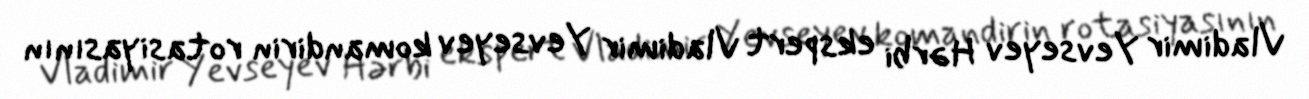
Vladimir Yevseyev Hərbi ekspert Vladimir Yevseyev komandirin rotasiyasının